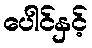
ပေါင်နှင့်